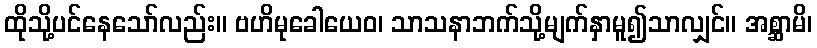
ထိုသို့ပင်နေသော်လည်း။ ဗဟိမုခေါယေဝ၊ သာသနာဘက်သို့မျက်နှာမူ၍သာလျှင်။ အစ္ဆာမိ၊